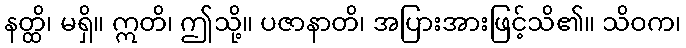
နတ္ထိ၊ မရှိ။ ဣတိ၊ ဤသို့။ ပဇာနာတိ၊ အပြားအားဖြင့်သိ၏။ သိဝက၊